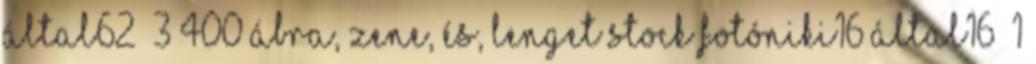
által62 3 400 ábra, zene, és, lenget Stock fotóniki16 által16 1